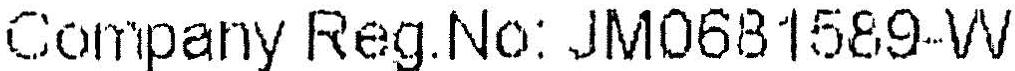
COMPANY REG.NO: JM0681589-W